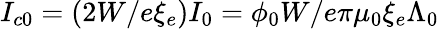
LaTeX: I_{c0}=(2W/e\xi_{e})I_{0}=\phi_{0}W/e\pi\mu_{0}\xi_{e}\Lambda_{0}